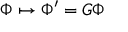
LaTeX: \ \Phi \mapsto \Phi ^ { \prime } = G \Phi